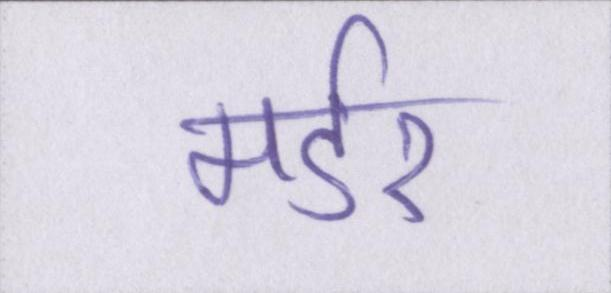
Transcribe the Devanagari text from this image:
मर्डर